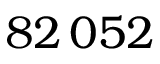
8 2 \, 0 5 2